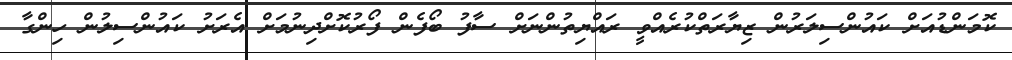
ކޮމަންޑުއަށް ކައުންސިލަރުން ޒިޔާރަތްކުރެއްވީ ރައްޔިތުންނަށް ސާފު ބޯފެން ފޯރުކޮށްދިނުމަށް އެރަށު ކައުންސިލުން ހިންގާ